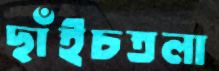
ছাঁইচতলা